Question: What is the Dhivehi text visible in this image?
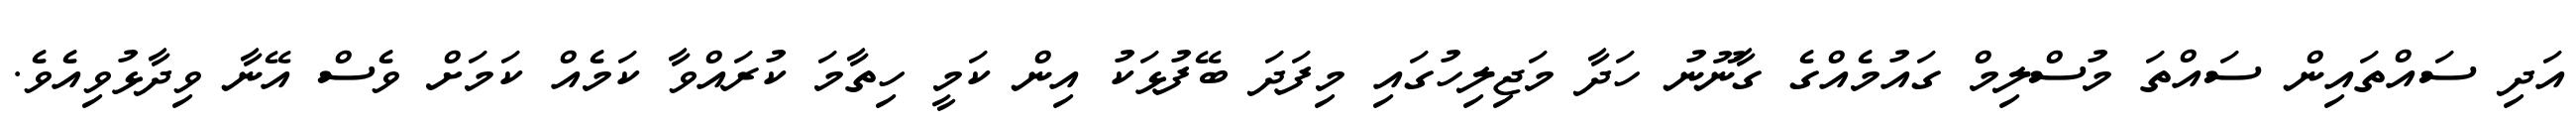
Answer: އަދި ސައްތައިން ސައްތަ މުސްލިމް ގައުމެއްގެ ގާނޫނު ހަދާ މަޖިލިހުގައި މިފަދަ ބޭފުޅަކު އިން ކަމީ ހިތާމަ ކުރައްވާ ކަމެއް ކަމަށް ވެސް އޭނާ ވިދާޅުވިއެވެ.